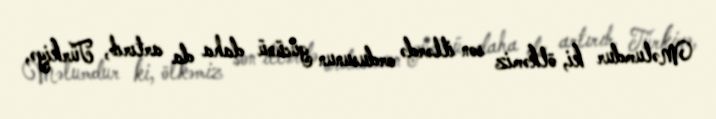
Məlumdur ki, ölkəmiz son illərdə ordusunun gücünü daha da artırıb, Türkiyə,